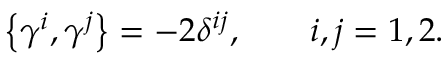
\left\{ \gamma ^ { i } , \gamma ^ { j } \right\} = - 2 \delta ^ { i j } , \qquad i , j = 1 , 2 .